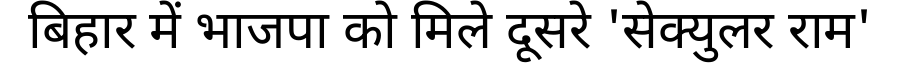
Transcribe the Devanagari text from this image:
बिहार में भाजपा को मिले दूसरे 'सेक्युलर राम'